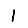
Digit: 1